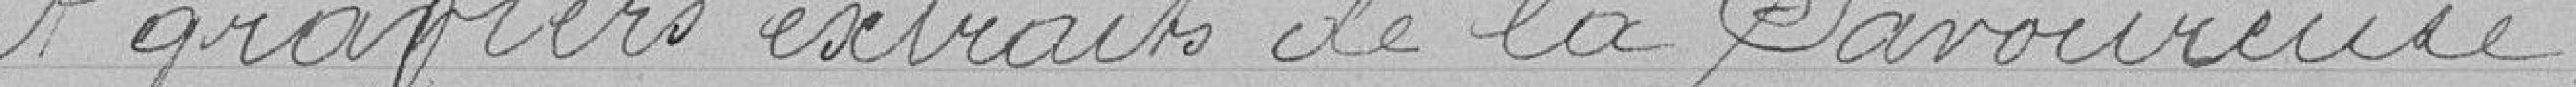
et gravier extraits de la Savoureuse.